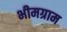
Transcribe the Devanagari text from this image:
भीमग्राम